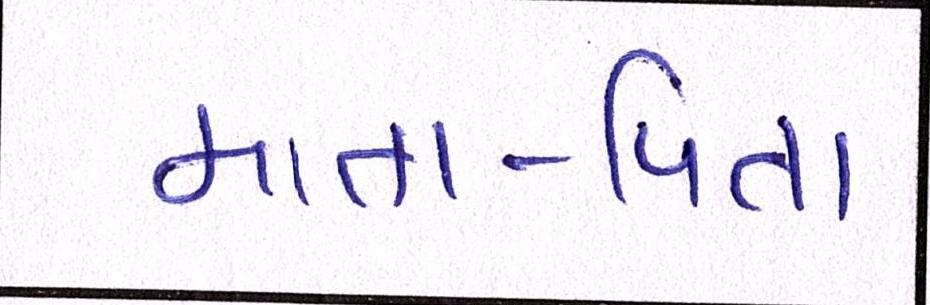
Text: માતા-પિતા